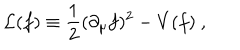
{ \cal L } ( f ) \equiv { \frac { 1 } { 2 } } ( \partial _ { \mu } f ) ^ { 2 } - V ( f ) \ ,